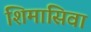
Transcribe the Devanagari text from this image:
शिमासिवा